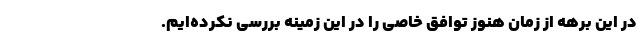
در این برهه از زمان هنوز توافق خاصی را در این زمینه بررسی نکرده‌ایم.